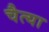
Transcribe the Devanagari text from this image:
चैत्या